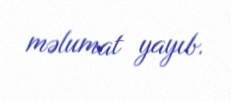
məlumat yayıb.